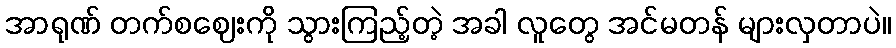
အာရုဏ် တက်စဈေးကို သွားကြည့်တဲ့ အခါ လူတွေ အင်မတန် များလှတာပဲ။